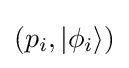
(p_{i},|\phi _{i}\rangle )